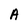
Character: A